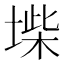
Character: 𡍥